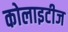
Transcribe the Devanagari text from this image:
कोलाइटीज